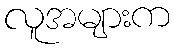
လူအများက